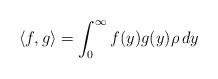
LaTeX: \begin{align*} \langle f,g\rangle= \int_{0}^{\infty}f(y)g(y)\rho\,dy\end{align*}